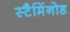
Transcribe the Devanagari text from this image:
स्टैमिंनोड